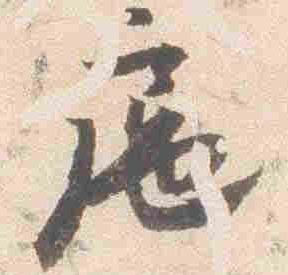
扈